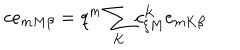
LaTeX: c e _ { m M \beta } = q ^ { m } \sum _ { K } c _ { \xi M } ^ { K } e _ { m K \beta }